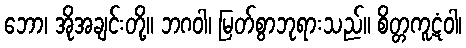
ဘော၊ အိုအချင်းတို့။ ဘဂဝါ၊ မြတ်စွာဘုရားသည်။ စိတ္တကူဋံဝါ၊